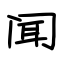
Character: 闻